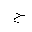
Letter: _ha